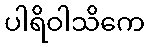
ပါရိဝါသိကေ